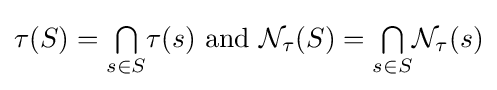
\tau (S)={\textstyle \bigcap \limits _{s\in S}}\tau (s){\text{ and }}{\mathcal {N}}_{\tau }(S)={\textstyle \bigcap \limits _{s\in S}}{\mathcal {N}}_{\tau }(s)